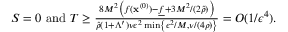
\begin{array} { r } { S = 0 \mathrm { ~ a n d ~ } T \geq \frac { 8 M ^ { 2 } \left( f ( { \mathbf x } ^ { ( 0 ) } ) - \underline { f } + 3 M ^ { 2 } / ( 2 \hat { \rho } ) \right) } { \hat { \rho } ( 1 + \Lambda ^ { \prime } ) \nu \epsilon ^ { 2 } \operatorname* { m i n } \left\{ \epsilon ^ { 2 } / M , \nu / ( 4 \rho ) \right\} } = O ( 1 / \epsilon ^ { 4 } ) . } \end{array}